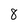
Character: 8